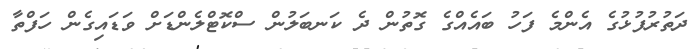
ދަތުރުފުޅުގެ އެންމެ ފަހު ބައެއްގެ ގޮތުން ދެ ކަނބަލުން ސްކޮޓްލެންޑަށް ވަޑައިގެން ހަފްތާ